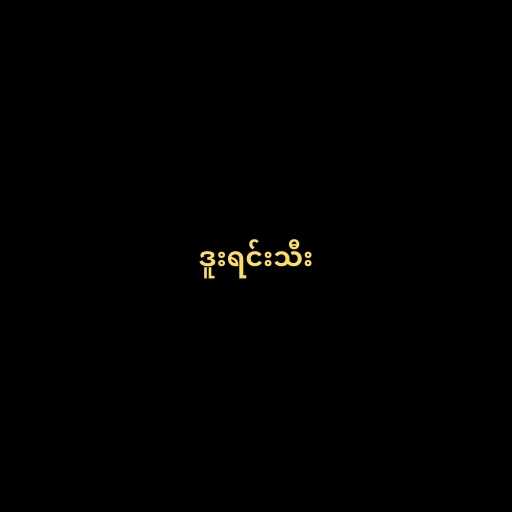
ဒူးရင်းသီး